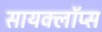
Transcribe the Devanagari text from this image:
सायक्लॉप्स